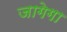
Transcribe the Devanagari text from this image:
जागेगा